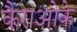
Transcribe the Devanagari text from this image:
कैराओके